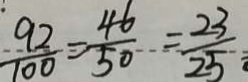
\frac { 9 2 } { 1 0 0 } = \frac { 4 6 } { 5 0 } = \frac { 2 3 } { 2 5 }